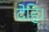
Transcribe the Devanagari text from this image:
देहि।